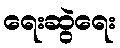
ရေးဆွဲရေး